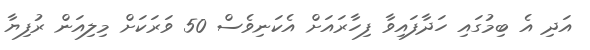
އަދި އެ ބިމުގައި ހަދާފައިވާ ފިހާރައަށް އެކަނިވެސް 50 ވަރަކަށް މިލިއަން ރުފިޔާ